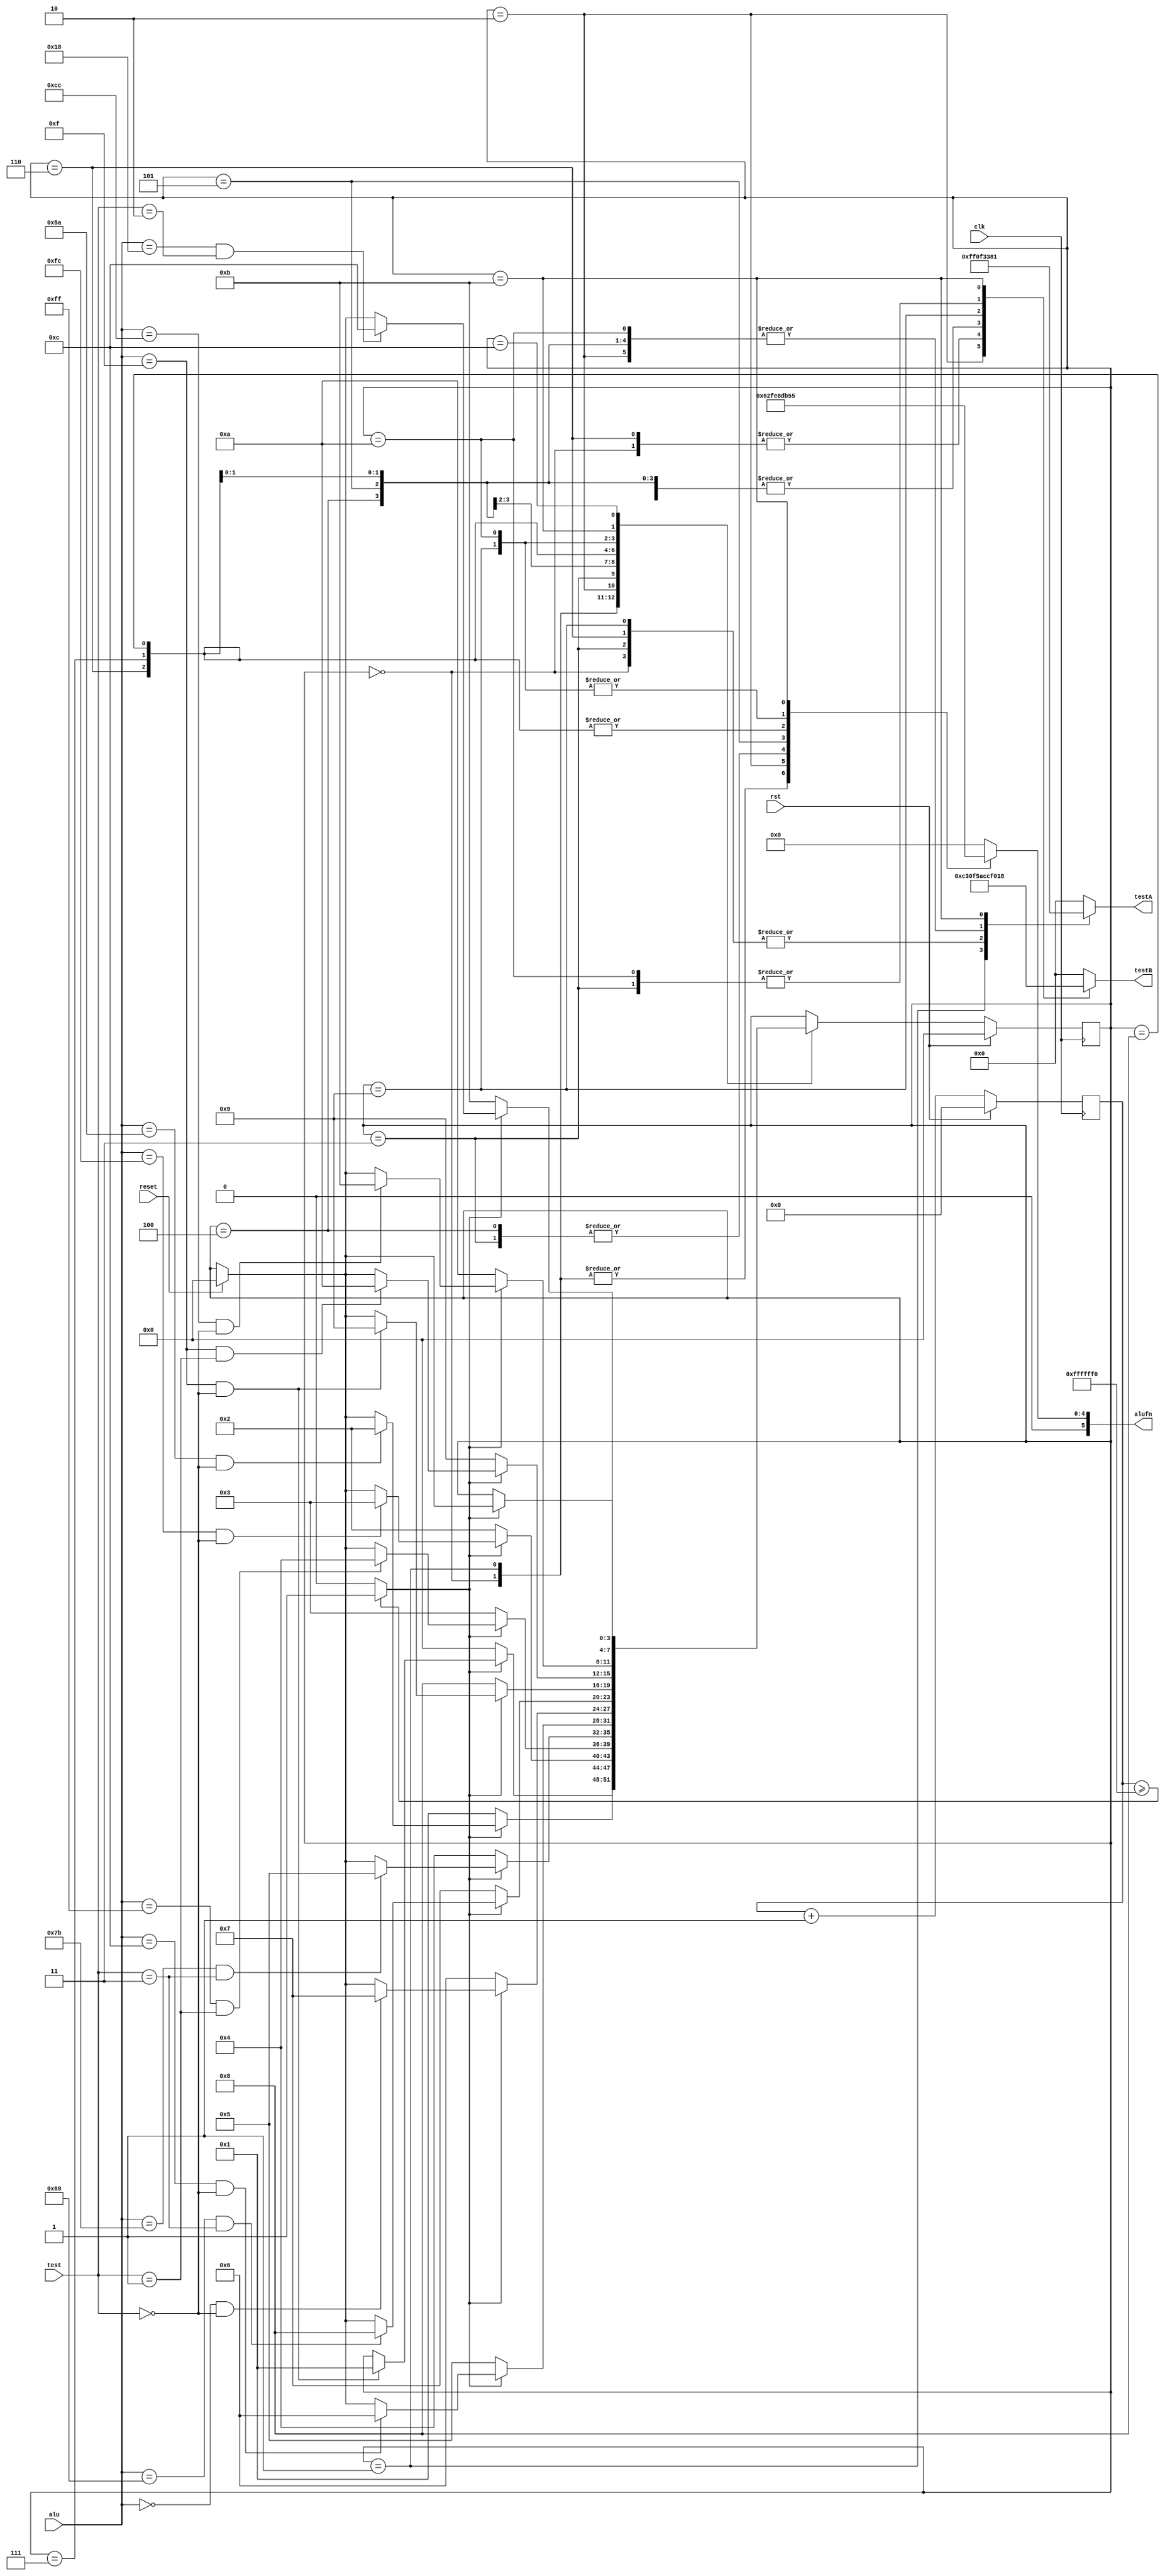
/*
   This file was generated automatically by the Mojo IDE version B1.3.6.
   Do not edit this file directly. Instead edit the original Lucid source.
   This is a temporary file and any changes made to it will be destroyed.
*/

module boole_test_22 (
    input clk,
    input rst,
    input [7:0] alu,
    input [2:0] test,
    output reg [7:0] testA,
    output reg [7:0] testB,
    output reg [5:0] alufn,
    input reset
  );
  
  
  
  
  localparam ANDTEST0_state = 4'd0;
  localparam ANDTEST1_state = 4'd1;
  localparam NANDTEST0_state = 4'd2;
  localparam ORTEST0_state = 4'd3;
  localparam ORTEST1_state = 4'd4;
  localparam NORTEST0_state = 4'd5;
  localparam XORTEST0_state = 4'd6;
  localparam XORTEST1_state = 4'd7;
  localparam XNORTEST0_state = 4'd8;
  localparam ATEST0_state = 4'd9;
  localparam ATEST1_state = 4'd10;
  localparam BTEST0_state = 4'd11;
  localparam END_state = 4'd12;
  
  reg [3:0] M_state_d, M_state_q = ANDTEST0_state;
  
  reg [27:0] M_counter_d, M_counter_q = 1'h0;
  
  reg getNextState;
  
  reg resetFSM;
  
  always @* begin
    M_state_d = M_state_q;
    M_counter_d = M_counter_q;
    
    testA = 1'h0;
    testB = 1'h0;
    alufn = 1'h0;
    resetFSM = reset;
    M_counter_d = M_counter_q + 1'h1;
    if (M_counter_q >= 28'hffffff0) begin
      getNextState = 1'h1;
    end else begin
      getNextState = 1'h0;
    end
    
    case (M_state_q)
      ANDTEST0_state: begin
        testA = 8'h0f;
        testB = 8'h0f;
        alufn = 6'h18;
        if (getNextState == 1'h1) begin
          if (alu == 8'h0f && test == 3'h0) begin
            M_state_d = ANDTEST1_state;
          end
        end else begin
          M_state_d = ANDTEST0_state;
        end
      end
      ANDTEST1_state: begin
        testA = 8'hff;
        testB = 8'h5a;
        alufn = 6'h18;
        if (getNextState == 1'h1) begin
          if (alu == 8'h5a && test == 3'h0) begin
            M_state_d = NANDTEST0_state;
          end else begin
            if (resetFSM == 1'h1) begin
              M_state_d = ANDTEST0_state;
            end
          end
        end else begin
          M_state_d = ANDTEST1_state;
        end
      end
      NANDTEST0_state: begin
        testA = 8'h33;
        testB = 8'hc3;
        alufn = 6'h17;
        if (getNextState == 1'h1) begin
          if (alu == 8'hfc && test == 3'h0) begin
            M_state_d = ORTEST0_state;
          end else begin
            if (resetFSM == 1'h1) begin
              M_state_d = ANDTEST0_state;
            end
          end
        end else begin
          M_state_d = NANDTEST0_state;
        end
      end
      ORTEST0_state: begin
        testA = 8'h0f;
        testB = 8'hf0;
        alufn = 6'h1e;
        if (getNextState == 1'h1) begin
          if (alu == 8'hff && test == 3'h1) begin
            M_state_d = ORTEST1_state;
          end else begin
            if (resetFSM == 1'h1) begin
              M_state_d = ANDTEST0_state;
            end
          end
        end else begin
          M_state_d = ORTEST0_state;
        end
      end
      ORTEST1_state: begin
        testA = 8'h33;
        testB = 8'h5a;
        alufn = 6'h1e;
        if (getNextState == 1'h1) begin
          if (alu == 8'h7b && test == 3'h3) begin
            M_state_d = NORTEST0_state;
          end else begin
            if (resetFSM == 1'h1) begin
              M_state_d = ANDTEST0_state;
            end
          end
        end else begin
          M_state_d = ORTEST1_state;
        end
      end
      NORTEST0_state: begin
        testA = 8'h33;
        testB = 8'h5a;
        alufn = 6'h11;
        if (getNextState == 1'h1) begin
          if (alu == 8'h0c && test == 3'h0) begin
            M_state_d = XORTEST0_state;
          end else begin
            if (resetFSM == 1'h1) begin
              M_state_d = ANDTEST0_state;
            end
          end
        end else begin
          M_state_d = NORTEST0_state;
        end
      end
      XORTEST0_state: begin
        testA = 8'h0f;
        testB = 8'h0f;
        alufn = 6'h16;
        if (getNextState == 1'h1) begin
          if (alu == 8'h00 && test == 3'h0) begin
            M_state_d = XORTEST1_state;
          end else begin
            if (resetFSM == 1'h1) begin
              M_state_d = ANDTEST0_state;
            end
          end
        end else begin
          M_state_d = XORTEST0_state;
        end
      end
      XORTEST1_state: begin
        testA = 8'h33;
        testB = 8'h5a;
        alufn = 6'h16;
        if (getNextState == 1'h1) begin
          if (alu == 8'h69 && test == 3'h3) begin
            M_state_d = XNORTEST0_state;
          end else begin
            if (resetFSM == 1'h1) begin
              M_state_d = ANDTEST0_state;
            end
          end
        end else begin
          M_state_d = XORTEST1_state;
        end
      end
      XNORTEST0_state: begin
        testA = 8'h33;
        testB = 8'h5a;
        alufn = 6'h16;
        if (getNextState == 1'h1) begin
          if (alu == 8'h0f && test == 3'h0) begin
            M_state_d = ATEST0_state;
          end else begin
            if (resetFSM == 1'h1) begin
              M_state_d = ANDTEST0_state;
            end
          end
        end else begin
          M_state_d = XNORTEST0_state;
        end
      end
      ATEST0_state: begin
        testA = 8'h0f;
        testB = 8'hcc;
        alufn = 6'h1a;
        if (getNextState == 1'h1) begin
          if (alu == 8'h0f && test == 3'h1) begin
            M_state_d = ATEST1_state;
          end else begin
            if (resetFSM == 1'h1) begin
              M_state_d = ANDTEST0_state;
            end
          end
        end else begin
          M_state_d = ATEST0_state;
        end
      end
      ATEST1_state: begin
        testA = 8'h33;
        testB = 8'hf0;
        alufn = 6'h1a;
        if (getNextState == 1'h1) begin
          if (alu == 8'hcc && test == 3'h0) begin
            M_state_d = BTEST0_state;
          end else begin
            if (resetFSM == 1'h1) begin
              M_state_d = ANDTEST0_state;
            end
          end
        end else begin
          M_state_d = ATEST1_state;
        end
      end
      BTEST0_state: begin
        testA = 8'h81;
        testB = 8'h18;
        alufn = 6'h15;
        if (getNextState == 1'h1) begin
          if (alu == 8'h18 && test == 3'h2) begin
            M_state_d = END_state;
          end else begin
            if (resetFSM == 1'h1) begin
              M_state_d = ANDTEST0_state;
            end
          end
        end else begin
          M_state_d = BTEST0_state;
        end
      end
      END_state: begin
        testA = 8'h00;
        testB = 8'h00;
        alufn = 6'h00;
        if (getNextState == 1'h1) begin
          if (resetFSM == 1'h1) begin
            M_state_d = ANDTEST0_state;
          end
        end
      end
    endcase
  end
  
  always @(posedge clk) begin
    if (rst == 1'b1) begin
      M_state_q <= 1'h0;
    end else begin
      M_state_q <= M_state_d;
    end
  end
  
  
  always @(posedge clk) begin
    if (rst == 1'b1) begin
      M_counter_q <= 1'h0;
    end else begin
      M_counter_q <= M_counter_d;
    end
  end
  
endmodule